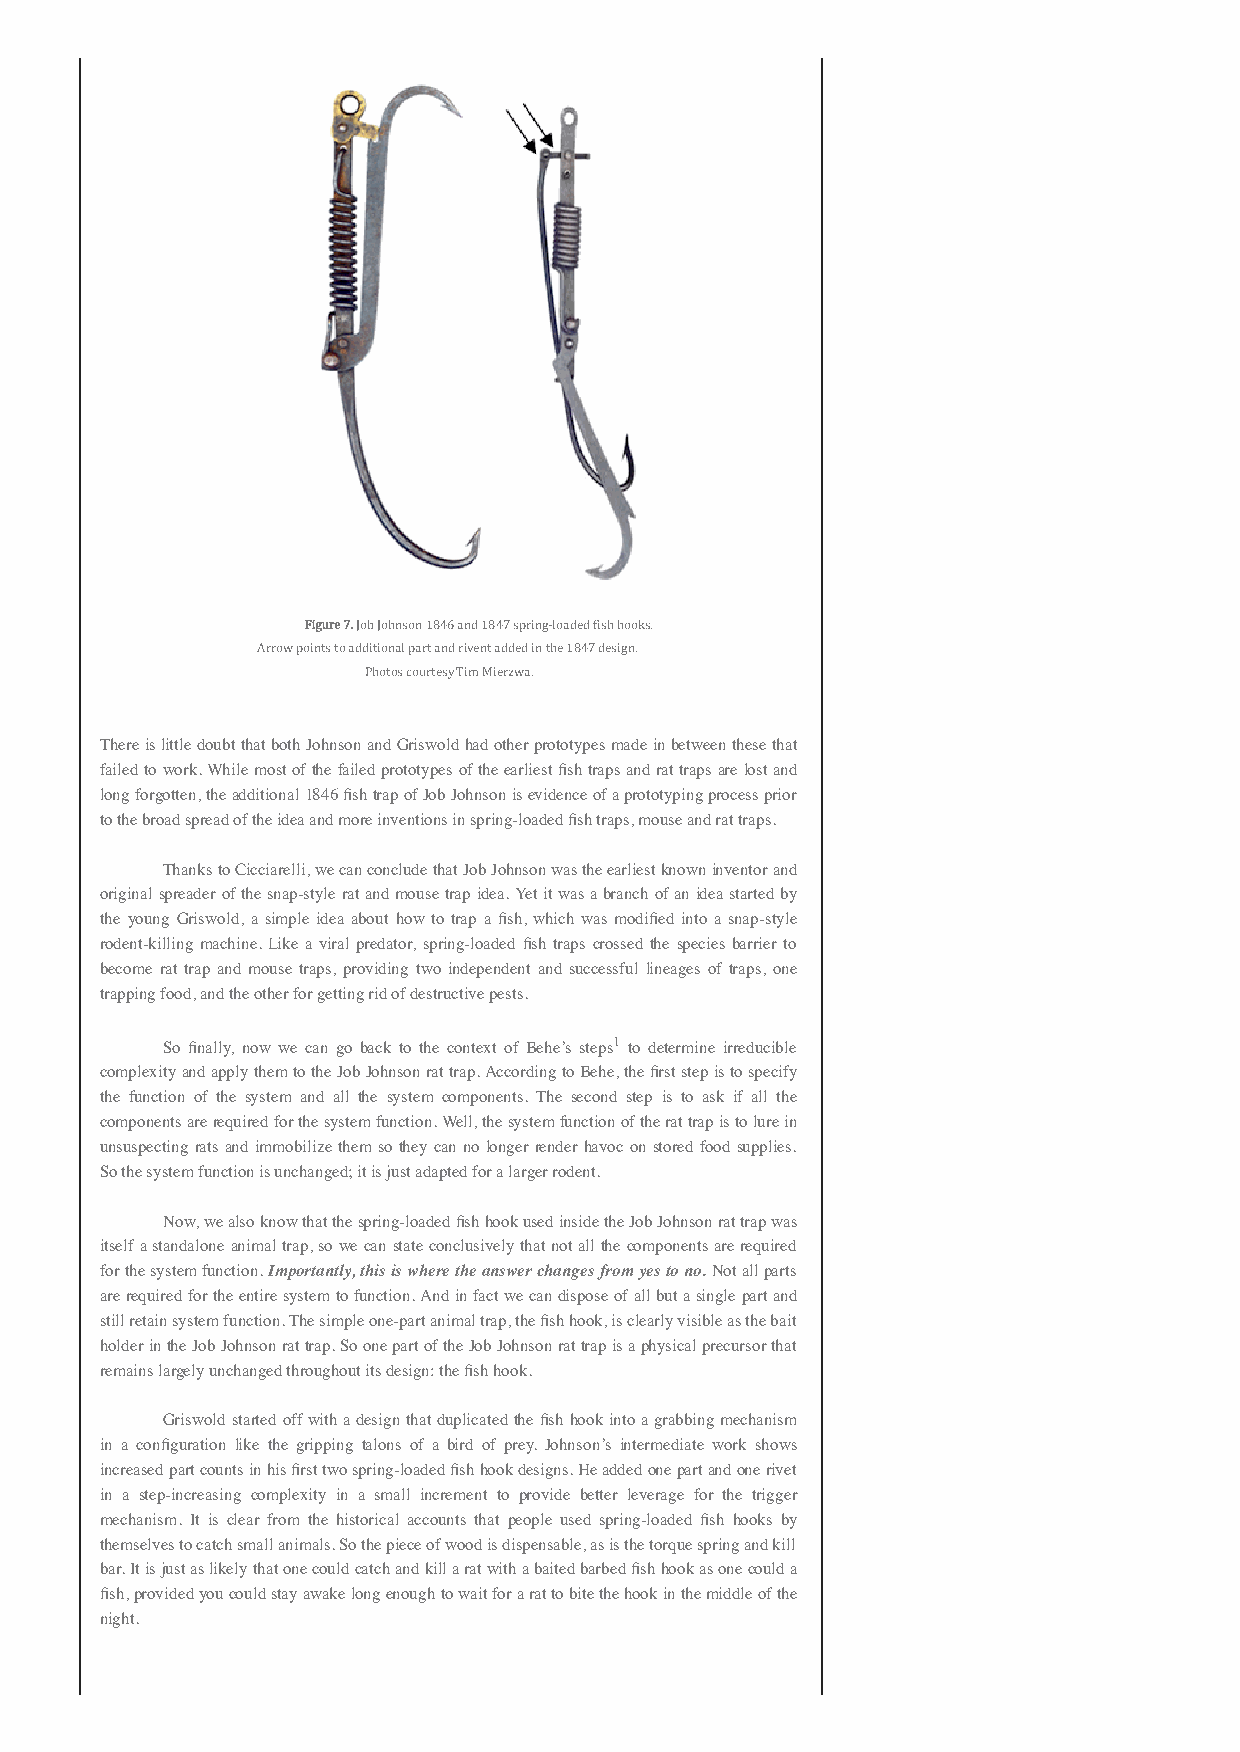
Figure 7. Job Johnson 1846 and 1847 spring-loaded fish hooks.
 Arrow points to additional part and rivent added in the 1847 design.
 Photos courtesy Tim Mierzwa.
 There is little doubt that both Johnson and Griswold had other prototypes made in between these that
 failed to work. While most of the failed prototypes of the earliest fish traps and rat traps are lost and
 long forgotten, the additional 1846 fish trap of Job Johnson is evidence of a prototyping process prior
 to the broad spread of the idea and more inventions in spring-loaded fish traps, mouse and rat traps.
 Thanks to Cicciarelli, we can conclude that Job Johnson was the earliest known inventor and
 original spreader of the snap-style rat and mouse trap idea. Yet it was a branch of an idea started by
 the young Griswold, a simple idea about how to trap a fish, which was modified into a snap-style
 rodent-killing machine. Like a viral predator, spring-loaded fish traps crossed the species barrier to
 become rat trap and mouse traps, providing two independent and successful lineages of traps, one
 trapping food, and the other for getting rid of destructive pests.
 So finally, now we can go back to the context of Behe’s steps1 to determine irreducible
 complexity and apply them to the Job Johnson rat trap. According to Behe, the first step is to specify
 the function of the system and all the system components. The second step is to ask if all the
 components are required for the system function. Well, the system function of the rat trap is to lure in
 unsuspecting rats and immobilize them so they can no longer render havoc on stored food supplies.
 So the system function is unchanged; it is just adapted for a larger rodent.
 Now, we also know that the spring-loaded fish hook used inside the Job Johnson rat trap was
 itself a standalone animal trap, so we can state conclusively that not all the components are required
 for the system function. Importantly, this is where the answer changes from yes to no. Not all parts
 are required for the entire system to function. And in fact we can dispose of all but a single part and
 still retain system function. The simple one-part animal trap, the fish hook, is clearly visible as the bait
 holder in the Job Johnson rat trap. So one part of the Job Johnson rat trap is a physical precursor that
 remains largely unchanged throughout its design: the fish hook.
 Griswold started off with a design that duplicated the fish hook into a grabbing mechanism
 in a configuration like the gripping talons of a bird of prey. Johnson’s intermediate work shows
 increased part counts in his first two spring-loaded fish hook designs. He added one part and one rivet
 in a step-increasing complexity in a small increment to provide better leverage for the trigger
 mechanism. It is clear from the historical accounts that people used spring-loaded fish hooks by
 themselves to catch small animals. So the piece of wood is dispensable, as is the torque spring and kill
 bar. It is just as likely that one could catch and kill a rat with a baited barbed fish hook as one could a
 fish, provided you could stay awake long enough to wait for a rat to bite the hook in the middle of the
 night.